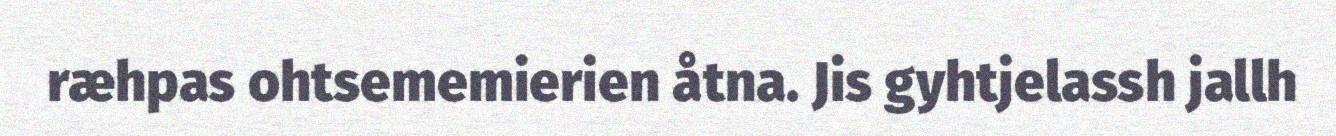
ræhpas ohtsememierien åtna. Jis gyhtjelassh jallh